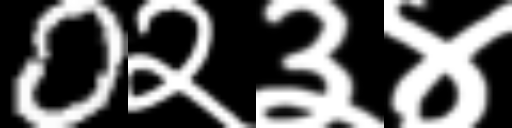
Text: 0२३४